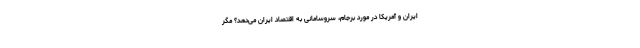
ایران و آمریکا در مورد برجام، سروسامانی به اقتصاد ایران می‌دهد؟ مگر